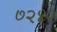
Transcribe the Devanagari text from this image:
७२४२